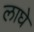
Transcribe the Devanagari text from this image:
लाघे